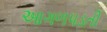
આગળપડતી